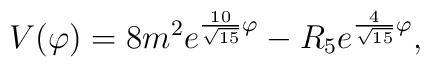
V(\varphi)=8m^2e^{{10\over\sqrt{15}}\varphi} -R_5e^{{4\over\sqrt{15}}\varphi},